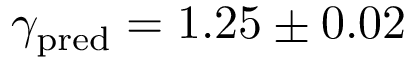
\gamma _ { \mathrm { p r e d } } = 1 . 2 5 \pm 0 . 0 2